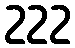
222